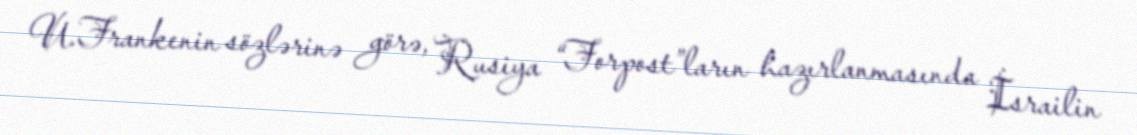
U.Frankenin sözlərinə görə, Rusiya “Forpost”ların hazırlanmasında İsrailin